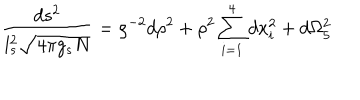
LaTeX: { \frac { d s ^ { 2 } } { l _ { s } ^ { 2 } \sqrt { 4 \pi g _ { s } N } } } = \rho ^ { - 2 } d \rho ^ { 2 } + \rho ^ { 2 } \sum _ { i = 1 } ^ { 4 } d x _ { i } ^ { 2 } + d \Omega _ { 5 } ^ { 2 }